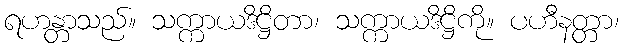
ရဟန္တာသည်။ သက္ကာယဒိဋ္ဌိတာ၊ သက္ကာယဒိဋ္ဌိကို။ ပဟီနတ္တာ၊